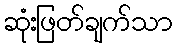
ဆုံးဖြတ်ချက်သာ